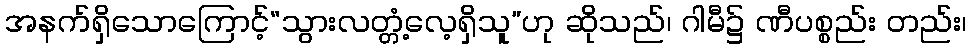
အနက်ရှိသောကြောင့်“သွားလတ္တံ့လေ့ရှိသူ”ဟု ဆိုသည်၊ ဂါမီ၌ ဏီပစ္စည်း တည်း၊